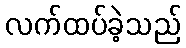
လက်ထပ်ခဲ့သည်